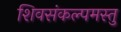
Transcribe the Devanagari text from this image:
शिवसंकल्पमस्तु